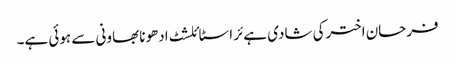
فرحان اخترکی شادی ہےئر اسٹائلشٹ ادھونا بھاونی سے ہوئی ہے۔